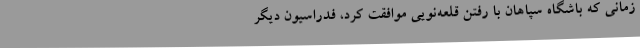
زمانی که باشگاه سپاهان با رفتن قلعه‌نویی موافقت کرد، فدراسیون دیگر